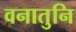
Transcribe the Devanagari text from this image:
वनातुनि